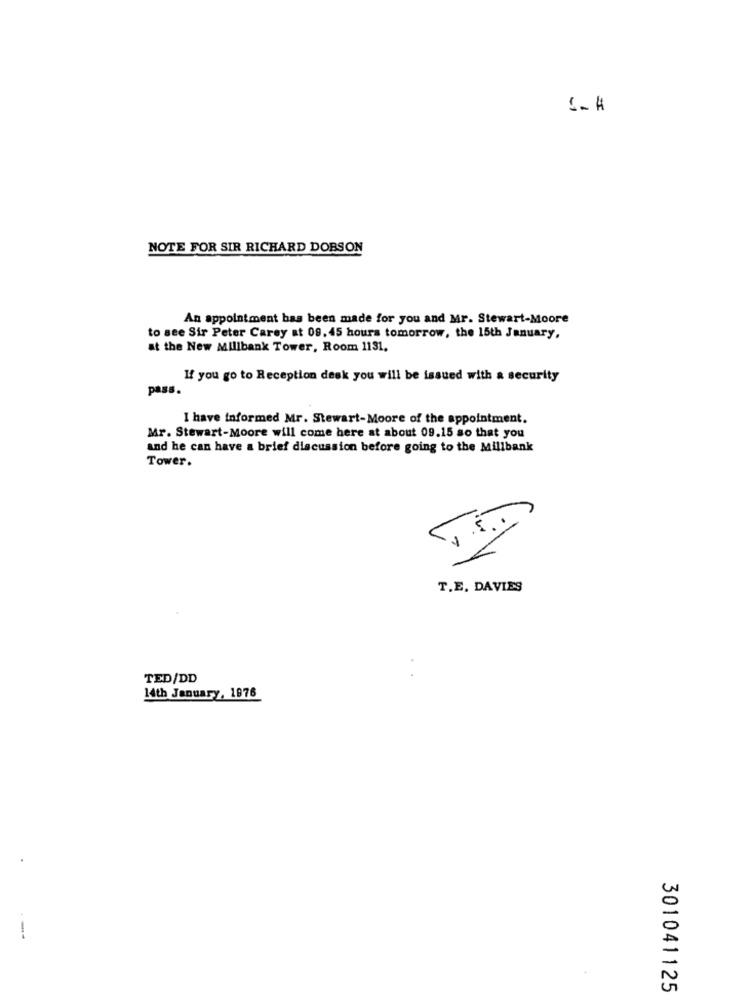
NOTE FOR SIR RICHARD DOBSON
An appointment has been made for you and Mr. Stewart-Moore
to see Sir Peter Carey at 09.45 hours tomorrow, the 15th January,
at the New Millbank Tower, Room 1131.
If you go to Reception desk you will be issued with a security
pass.
I have informed Mr. Stewart-Moore of the appointment.
Mr. Stewart-Moore will come here at about 09.15 so that you
and he can have a brief discussion before going to the Millbank
Tower.
T.E. DAVIES
TED/DD
14th January, 1876
--
301041125